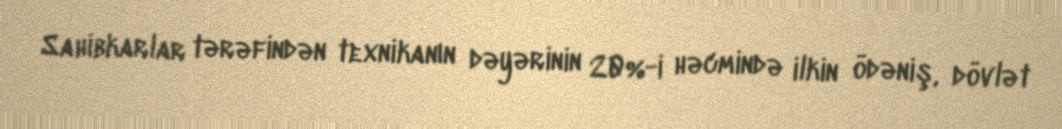
Sahibkarlar tərəfindən texnikanın dəyərinin 20%-i həcmində ilkin ödəniş, dövlət